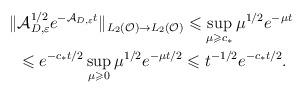
LaTeX: \begin{align*}\Vert &\mathcal{A}_{D,\varepsilon}^{1/2} e^{-\mathcal{A}_{D,\varepsilon}t} \Vert _{L_2(\mathcal{O})\rightarrow L_2(\mathcal{O})}\leqslant \sup_{\mu \geqslant c_*} \mu^{1/2} e^{-\mu t}\\&\leqslant e^{-c_{*}t/2}\sup_{\mu \geqslant 0} \mu^{1/2} e^{-\mu t/2}\leqslant t^{-1/2}e^{-c_{*}t/2}.\end{align*}